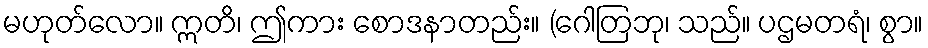
မဟုတ်လော။ ဣတိ၊ ဤကား စောဒနာတည်း။ (ဂေါတြဘု၊ သည်။ ပဌမတရံ၊ စွာ။